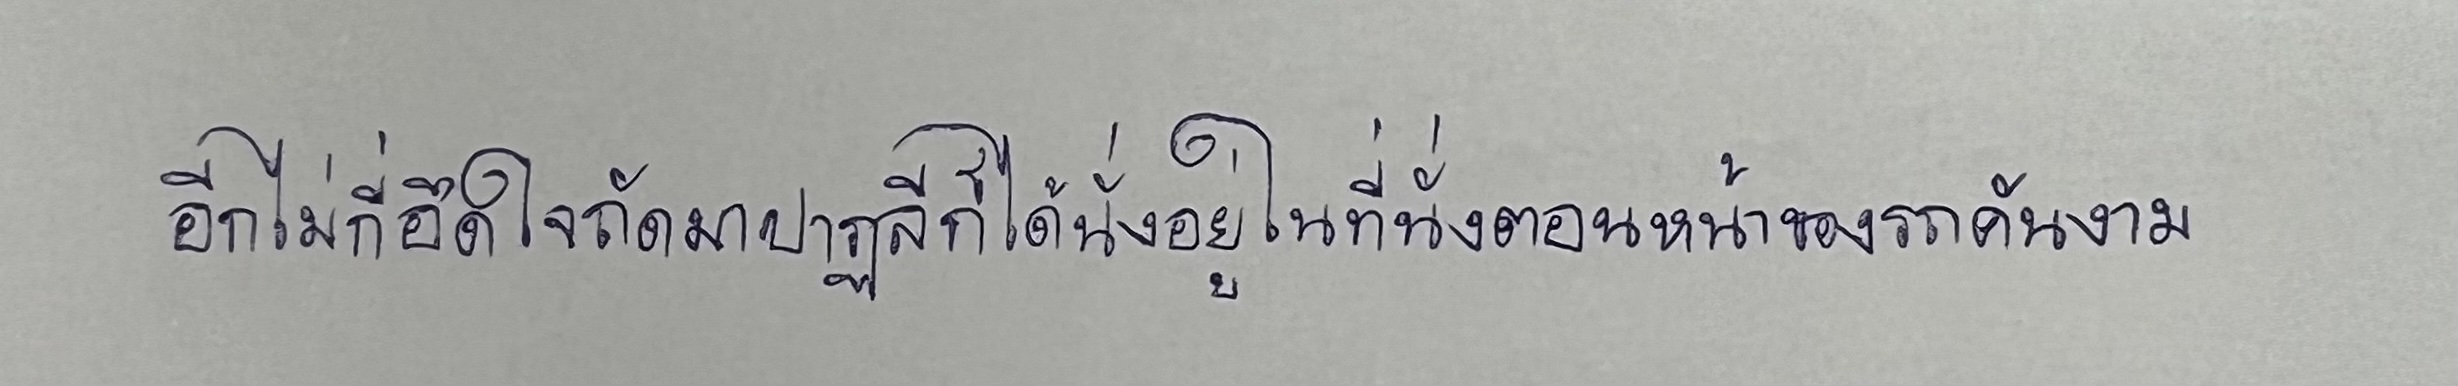
อีกไม่กี่อึดใจถัดมาปาฏลีก็ได้นั่งอยู่ในที่นั่งตอนหน้าของรถคันงาม